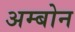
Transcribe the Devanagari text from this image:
अम्बोन